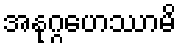
အနုဂ္ဂဟေဿာမိ